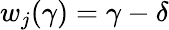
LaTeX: w_{j}(\gamma)=\gamma-\delta